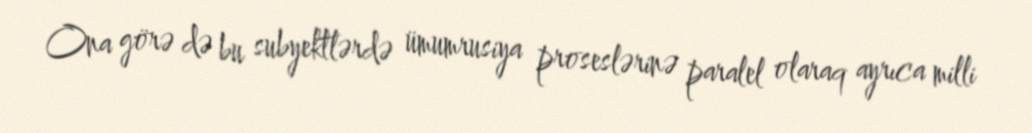
Ona görə də bu subyektlərdə ümumrusiya proseslərinə paralel olaraq ayrıca milli